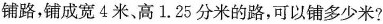
铺路，铺成宽4米、高1.25分米的路，可以铺多少米？